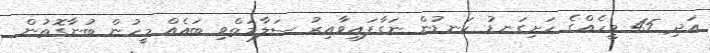
އަދި 45 މީހެއްގެ ހަށިގަނޑު ކަނޑުން ނަގާފައިވާއިރު ސަލާމަތްވި ބައެއް މީހުން ބުނާގޮތުން